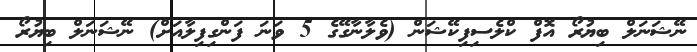
ނޭޝަނަލް ބިޔުރޯ އޮފް ކްލެސިފިކޭޝަން (ވެލާނާގޭގެ 5 ވަނަ ފަންގިފިލާއަށް) ނޭޝަނަލް ބިޔުރޯ